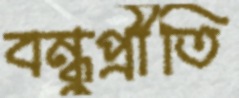
বন্ধুপ্রীতি